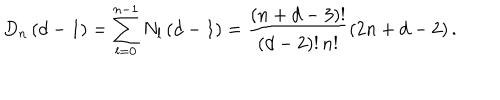
LaTeX: D _ { n } \left( d - 1 \right) = \sum _ { l = 0 } ^ { n - 1 } N _ { l } \left( d - 1 \right) = \frac { \left( n + d - 3 \right) ! } { \left( d - 2 \right) ! \, n ! } \left( 2 n + d - 2 \right) .